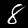
Digit: 8